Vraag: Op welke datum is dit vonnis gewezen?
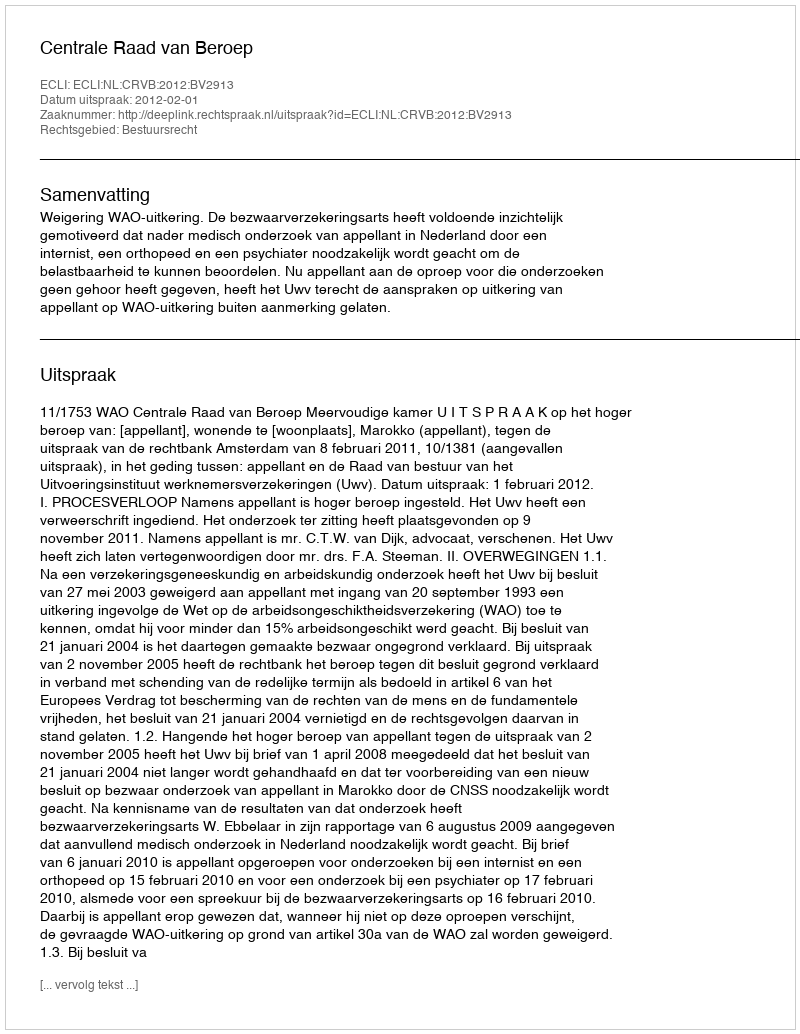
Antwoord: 2012-02-01